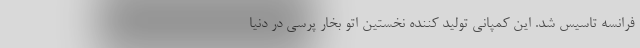
فرانسه تاسیس شد. این کمپانی تولید کننده نخستین اتو بخار پرسی در دنیا